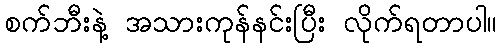
စက်ဘီးနဲ့ အသားကုန်နင်းပြီး လိုက်ရတာပါ။